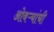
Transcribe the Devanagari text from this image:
ओवऱ्यांची